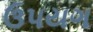
ઉપયગ